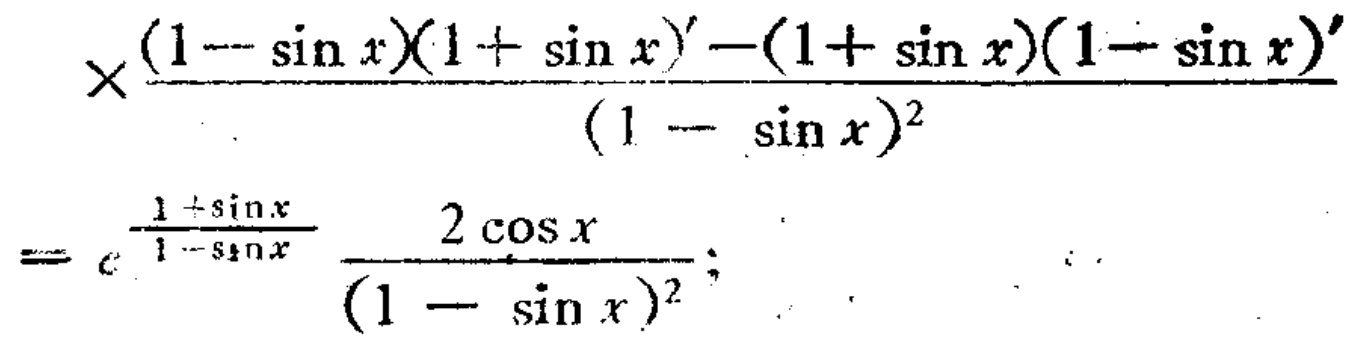
\[\times\frac{(1 - \sin x)(1 + \sin x)'-(1 + \sin x)(1 - \sin x)'}{(1 - \sin x)^2}\]
\[= c^{\frac{1 + \sin x}{1 - \sin x}}\frac{2\cos x}{(1 - \sin x)^2};\]